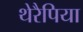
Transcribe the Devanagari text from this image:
थेरैपिया